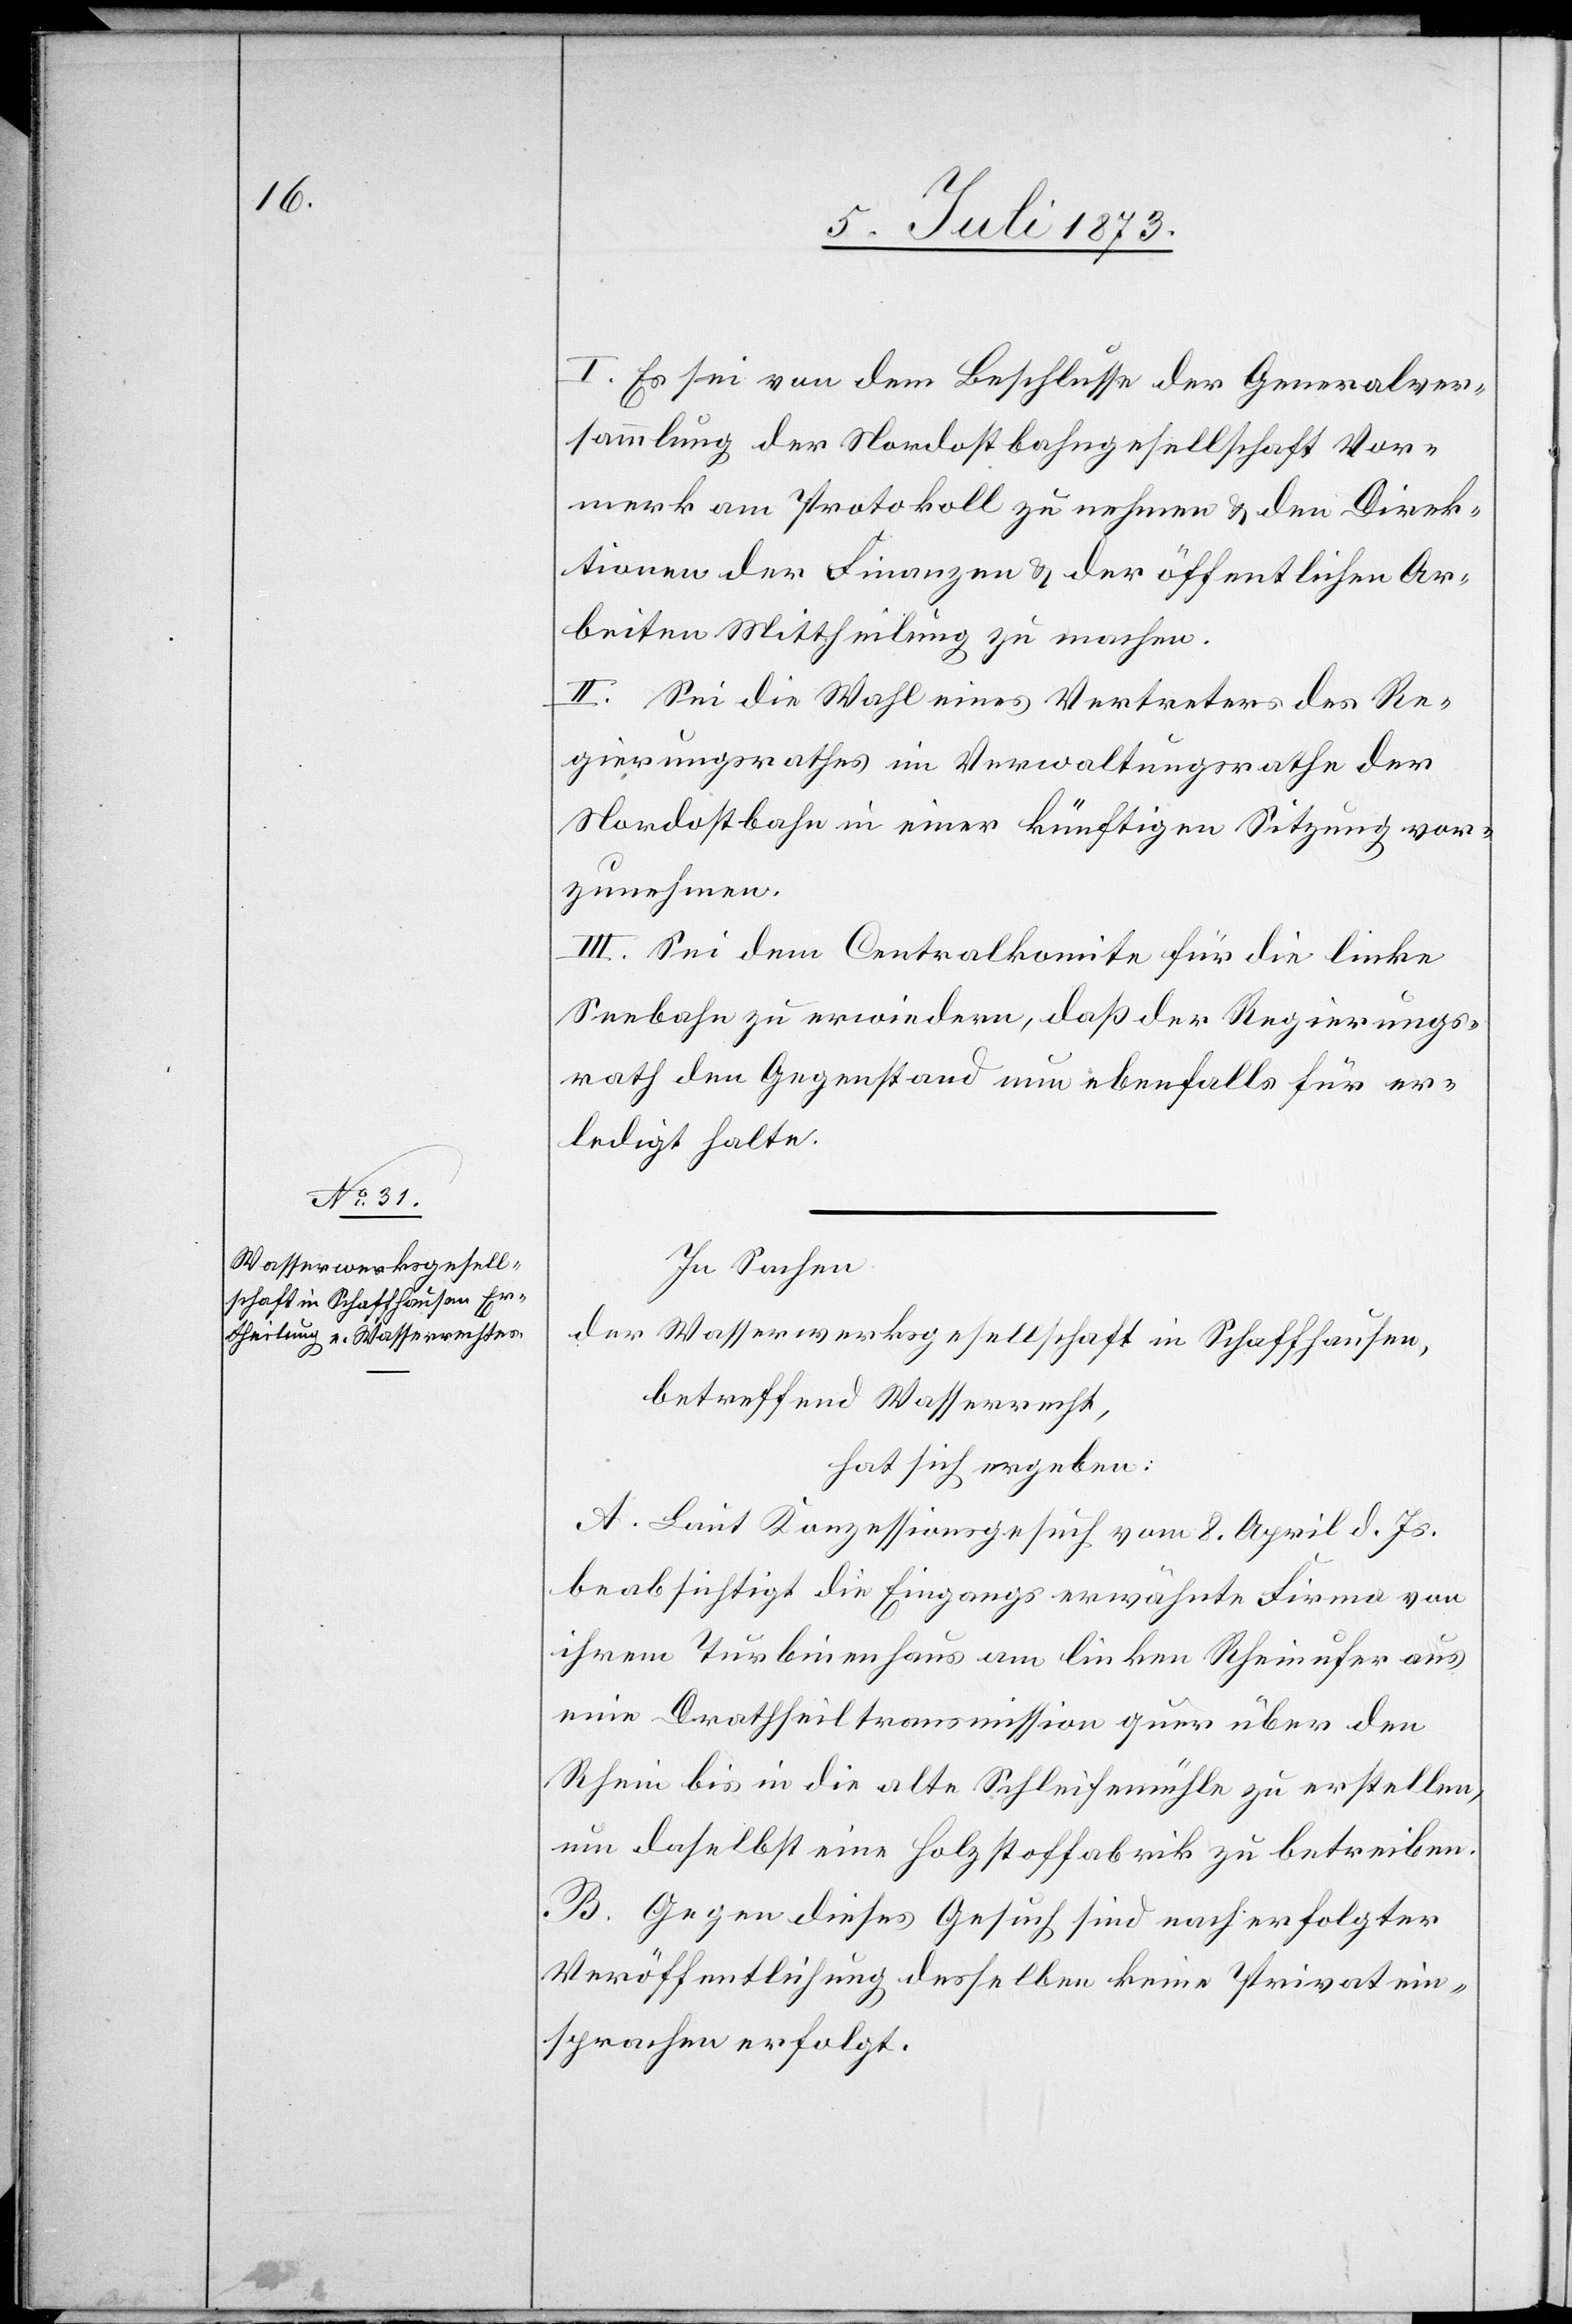
I. Es sei von dem Beschlusse der Generalver¬
sammlung der Nordostbahngesellschaft Vor¬
merk am Protokoll zu nehmen & den Direk¬
tionen der Finanzen & der öffentlichen Ar¬
beiten Mittheilung zu machen.
II. Sei die Wahl eines Vertreters des Re¬
gierungsrathes im Verwaltungsrathe der
Nordostbahn in einer künftigen Sitzung vor¬
zunehmen.
III. Sei dem Centralkomite für die linke
Seebahn zu erwiedern, daß der Regierungs¬
rath den Gegenstand nun ebenfalls für er¬
ledigt halte.
In Sachen
der Wasserwerksgesellschaft in Schaffhausen,
betreffend Wasserrecht,
hat sich ergeben:
A. Laut Konzessionsgesuch vom 8. April d. Js.
beabsichtigt die Eingangs erwähnte Firma von
ihrem Turbinenhaus am linken Rheinufer aus
eine Drathseiltransmission quer über den
Rhein bis in die alte Schleifenmühle zu erstellen,
um daselbst eine Holzstoffabrik zu betreiben.
B. Gegen dieses Gesuch sind nach erfolgter
Veröffentlichung desselben keine Privatein¬
sprachen erfolgt.